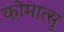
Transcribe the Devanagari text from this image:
कोमात्सु